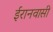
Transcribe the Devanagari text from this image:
ईरानवासी